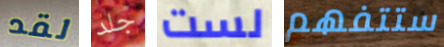
لقد جلد لست ستتفهم